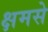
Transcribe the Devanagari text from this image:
क्षमसे